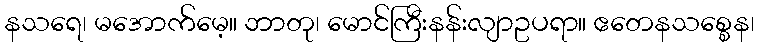
နသရေ၊ မအောက်မေ့။ ဘာတု၊ မောင်ကြီးနန်းလျာဥပရာ။ ဧတေနသစ္စေန၊